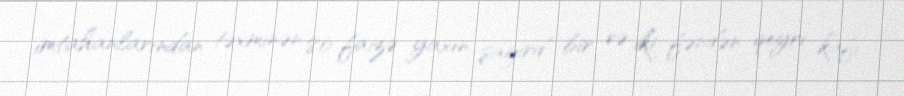
imtahanlarından təxminən 80 faizə yaxın şagird bir və iki fəndən qeyri kafi